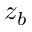
z _ { b }